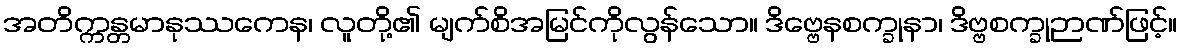
အတိက္ကန္တမာနုဿကေန၊ လူတို့၏ မျက်စိအမြင်ကိုလွန်သော။ ဒိဗ္ဗေနစက္ခုနာ၊ ဒိဗ္ဗစက္ခုဉာဏ်ဖြင့်။